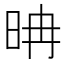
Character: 𣆀